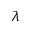
\boldsymbol { \lambda }